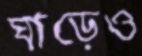
ঘাড়েও